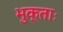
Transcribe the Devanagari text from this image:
भुक्ताः